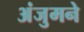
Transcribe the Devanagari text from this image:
अंजुमने